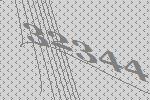
32344